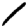
Digit: 1